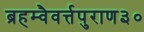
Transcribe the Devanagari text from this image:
ब्रहम्वैवर्त्तपुराण३०